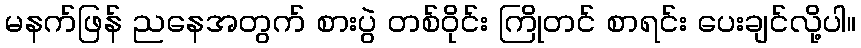
မနက်ဖြန် ညနေအတွက် စားပွဲ တစ်ဝိုင်း ကြိုတင် စာရင်း ပေးချင်လို့ပါ။